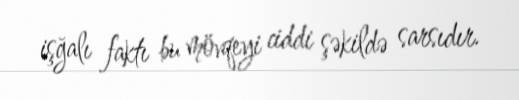
işğalı faktı bu mövqeyi ciddi şəkildə sarsıdır.